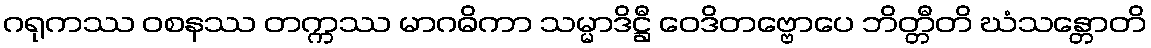
ဂရုကဿ ဝစနဿ တက္ကဿ မာဂဓိကာ သမ္မာဒိဋ္ဌီ ဝေဒိတဗ္ဗောပေ ဘိတ္တီတိ ဃံသန္တောတိ